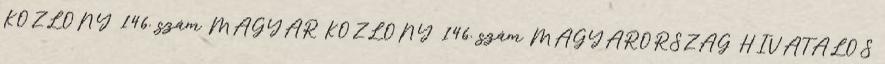
KÖZLÖNY 146. szám MAGYAR KÖZLÖNY 146. szám MAGYARORSZÁG HIVATALOS